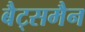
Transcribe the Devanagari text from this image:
बैट्समैन